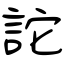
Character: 詑